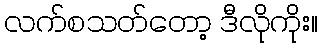
လက်စသတ်တော့ ဒီလိုကိုး။